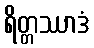
ရိတ္တဿာဒံ